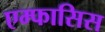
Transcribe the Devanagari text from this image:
एम्फासिस